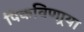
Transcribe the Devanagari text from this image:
पिकविणार्‍या